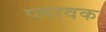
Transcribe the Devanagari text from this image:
प्लावक